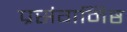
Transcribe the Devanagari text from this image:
प्रसंगनिष्ठ